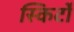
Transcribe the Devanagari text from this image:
स्किर्टों